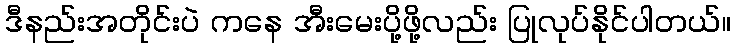
ဒီနည်းအတိုင်းပဲ ကနေ အီးမေးပို့ဖို့လည်း ပြုလုပ်နိုင်ပါတယ်။